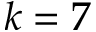
k = 7